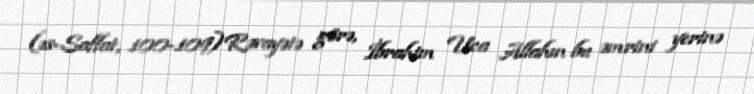
(əs-Saffat, 100-109)Rəvayətə görə, İbrahim Uca Allahın bu əmrini yerinə